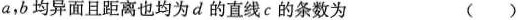
a，b均异面且距离也均为d的直线c的条数为 ()